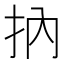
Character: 抐